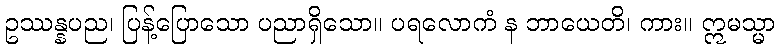
ဥဿန္နပည၊ ပြန့်ပြောသော ပညာရှိသော။ ပရလောကံ န ဘာယေတိ၊ ကား။ ဣမသ္မာ